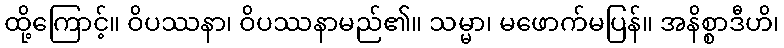
ထို့ကြောင့်။ ဝိပဿနာ၊ ဝိပဿနာမည်၏။ သမ္မာ၊ မဖောက်မပြန်။ အနိစ္စာဒီဟိ၊